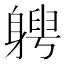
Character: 𨉯